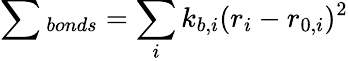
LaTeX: \sum{_{bonds}}=\sum_{i}k_{b,i}(r_{i}-r_{0,i})^{2}